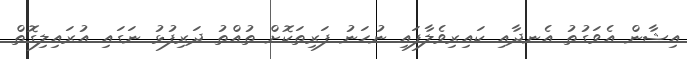
އިޝާން އެވަގުތު އެނދާއި ކައިރިވެލާފައި ނުހަނު ފަރިތަކޮށް ތުއްތު ދަރިފުޅު ނަގައި އުރައިލިގޮތް